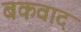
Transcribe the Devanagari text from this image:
बकवाद